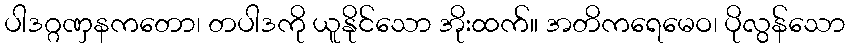
ပါဒဂ္ဂဏှနကတော၊ တပါဒကို ယူနိုင်သော အိုးထက်။ အတိကရေမေဝ၊ ပိုလွန်သော